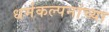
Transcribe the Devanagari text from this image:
धर्मकल्पनांच्या